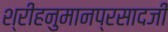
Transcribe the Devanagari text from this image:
श्रीहनुमानप्रसादजी